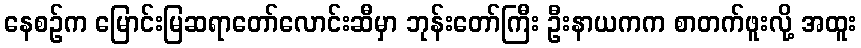
နေစဉ်က မြောင်းမြဆရာတော်လောင်းဆီမှာ ဘုန်းတော်ကြီး ဦးနာယကက စာတက်ဖူးလို့ အထူး